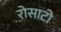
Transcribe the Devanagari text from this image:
रोसाटो